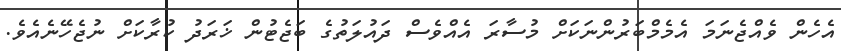
އެހެން ވެއްޖެނަމަ އެމެމްބަރުންނަކަށް މުސާރަ އެެއްވެސް ދައުލަތުގެ ބަޖެޓުން ޚަރަދު ކުރާކަށް ނުޖެހޭނެއެވެ.